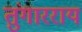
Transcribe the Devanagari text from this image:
तुंगारराय